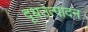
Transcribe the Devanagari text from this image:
दूधउत्पादन